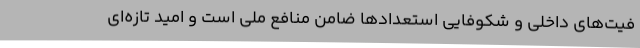
فیت‌های داخلی و شکوفایی استعدادها ضامن منافع ملی است و امید تازه‌ای